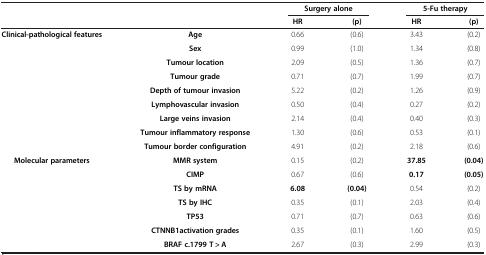
| <ROWSPAN=2-COLSPAN=2>  | <COLSPAN=2> Surgery alone | <COLSPAN=2> 5-Fu therapy |
 | HR | (p) | HR | (p) |
 | --- | --- | --- | --- | --- | --- |
 | <ROWSPAN=9> Clinical-pathological features | Age | 0.66 | (0.6) | 3.43 | (0.2) |
 | Sex | 0.99 | (1.0) | 1.34 | (0.8) |
 | Tumour location | 2.09 | (0.5) | 1.36 | (0.7) |
 | Tumour grade | 0.71 | (0.7) | 1.99 | (0.7) |
 | Depth of tumour invasion | 5.22 | (0.2) | 1.26 | (0.9) |
 | Lymphovascular invasion | 0.50 | (0.4) | 0.27 | (0.2) |
 | Large veins invasion | 2.14 | (0.4) | 0.40 | (0.3) |
 | Tumour inflammatory response | 1.30 | (0.6) | 0.53 | (0.1) |
 | Tumour border configuration | 4.91 | (0.2) | 2.18 | (0.6) |
 | <ROWSPAN=4> Molecular parameters | MMR system | 0.15 | (0.2) | 37.85 | (0.04) |
 | CIMP | 0.67 | (0.6) | 0.17 | (0.05) |
 | TS by mRNA | 6.08 | (0.04) | 0.54 | (0.2) |
 | TS by IHC | 0.35 | (0.1) | 2.03 | (0.4) |
 |  | TP53 | 0.71 | (0.7) | 0.63 | (0.6) |
 |  | CTNNB1activation grades | 0.35 | (0.1) | 1.60 | (0.5) |
 |  | BRAF c.1799 T > A | 2.67 | (0.3) | 2.99 | (0.3) |